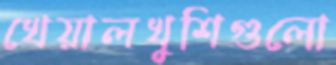
খেয়ালখুশিগুলো